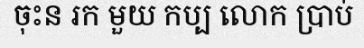
ចុះន រក មួយ កប្ប លោក ប្រាប់